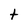
Character: t